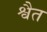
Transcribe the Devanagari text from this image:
श्वैत